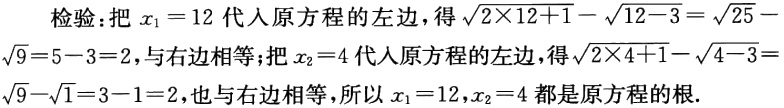
检验：把\(x_{1}=12\)代入原方程的左边，得\(\sqrt{2\times12 + 1}-\sqrt{12 - 3}=\sqrt{25}-\sqrt{9}=5 - 3 = 2\)，与右边相等；把\(x_{2}=4\)代入原方程的左边，得\(\sqrt{2\times4 + 1}-\sqrt{4 - 3}=\sqrt{9}-\sqrt{1}=3 - 1 = 2\)，也与右边相等，所以\(x_{1}=12,x_{2}=4\)都是原方程的根.